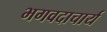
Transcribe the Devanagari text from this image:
भगवदाचार्य